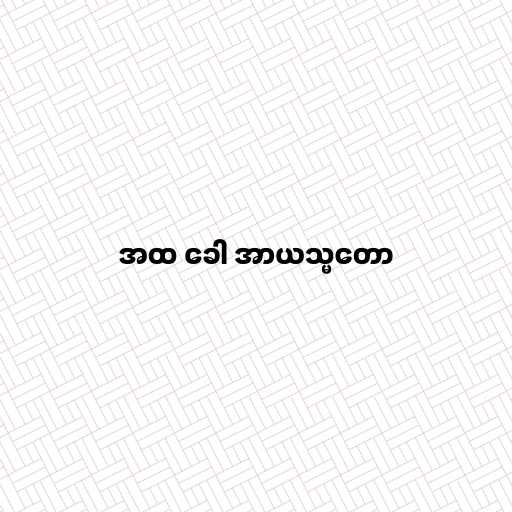
အထ ခေါ အာယသ္မတော